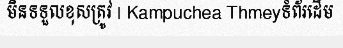
មិនទទួលខុសត្រូវ | Kampuchea Thmeyទំព័រដើម